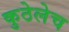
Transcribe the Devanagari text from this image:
कुठेलेच